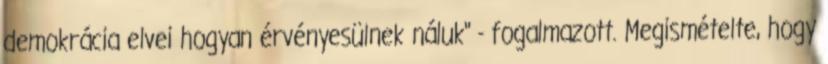
demokrácia elvei hogyan érvényesülnek náluk" - fogalmazott. Megismételte, hogy